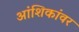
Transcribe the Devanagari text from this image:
आंशिकांवर